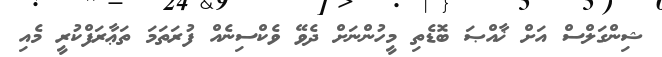
ޝިންގަލްސް އަށް ޚާއްޞަ ބޮޑެތި މީހުންނަށް ދެވޭ ވެކްސިނެއް ފުރަތަމަ ތަޢާރަފްކުރީ މެއި